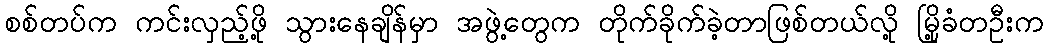
စစ်တပ်က ကင်းလှည့်ဖို့ သွားနေချိန်မှာ အဖွဲ့တွေက တိုက်ခိုက်ခဲ့တာဖြစ်တယ်လို့ မြို့ခံတဦးက